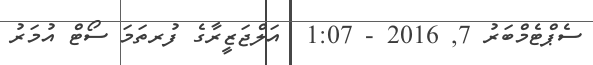
ސެޕްޓެމްބަރު 7